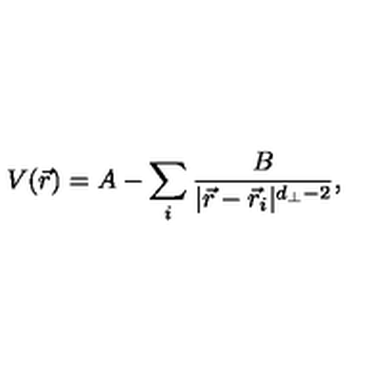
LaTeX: V ( { \vec { r } } ) = A - \sum _ { i } { \frac { B } { | { \vec { r } } - { \vec { r } } _ { i } | ^ { d _ { \perp } - 2 } } } ,